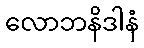
လောဘနိဒါနံ